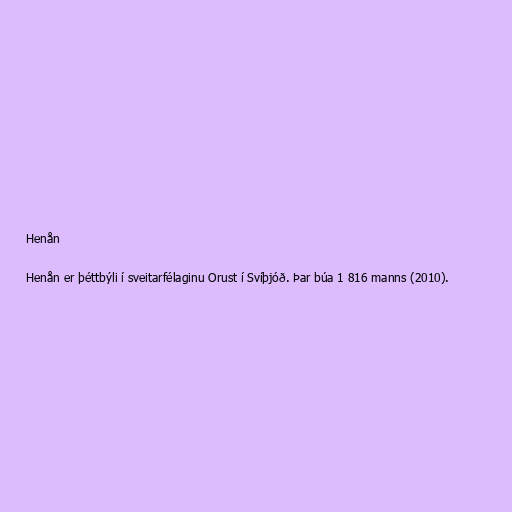
Henån

Henån er þéttbýli í sveitarfélaginu Orust í Svíþjóð. Þar búa 1 816 manns (2010).